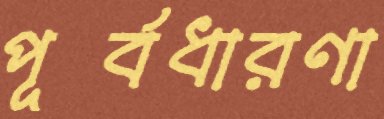
পূর্বধারণা